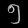
Digit: ၅